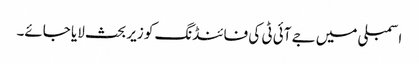
اسمبلی میں جے آئی ٹی کی فائنڈنگ کو زیر بحث لایا جائے۔